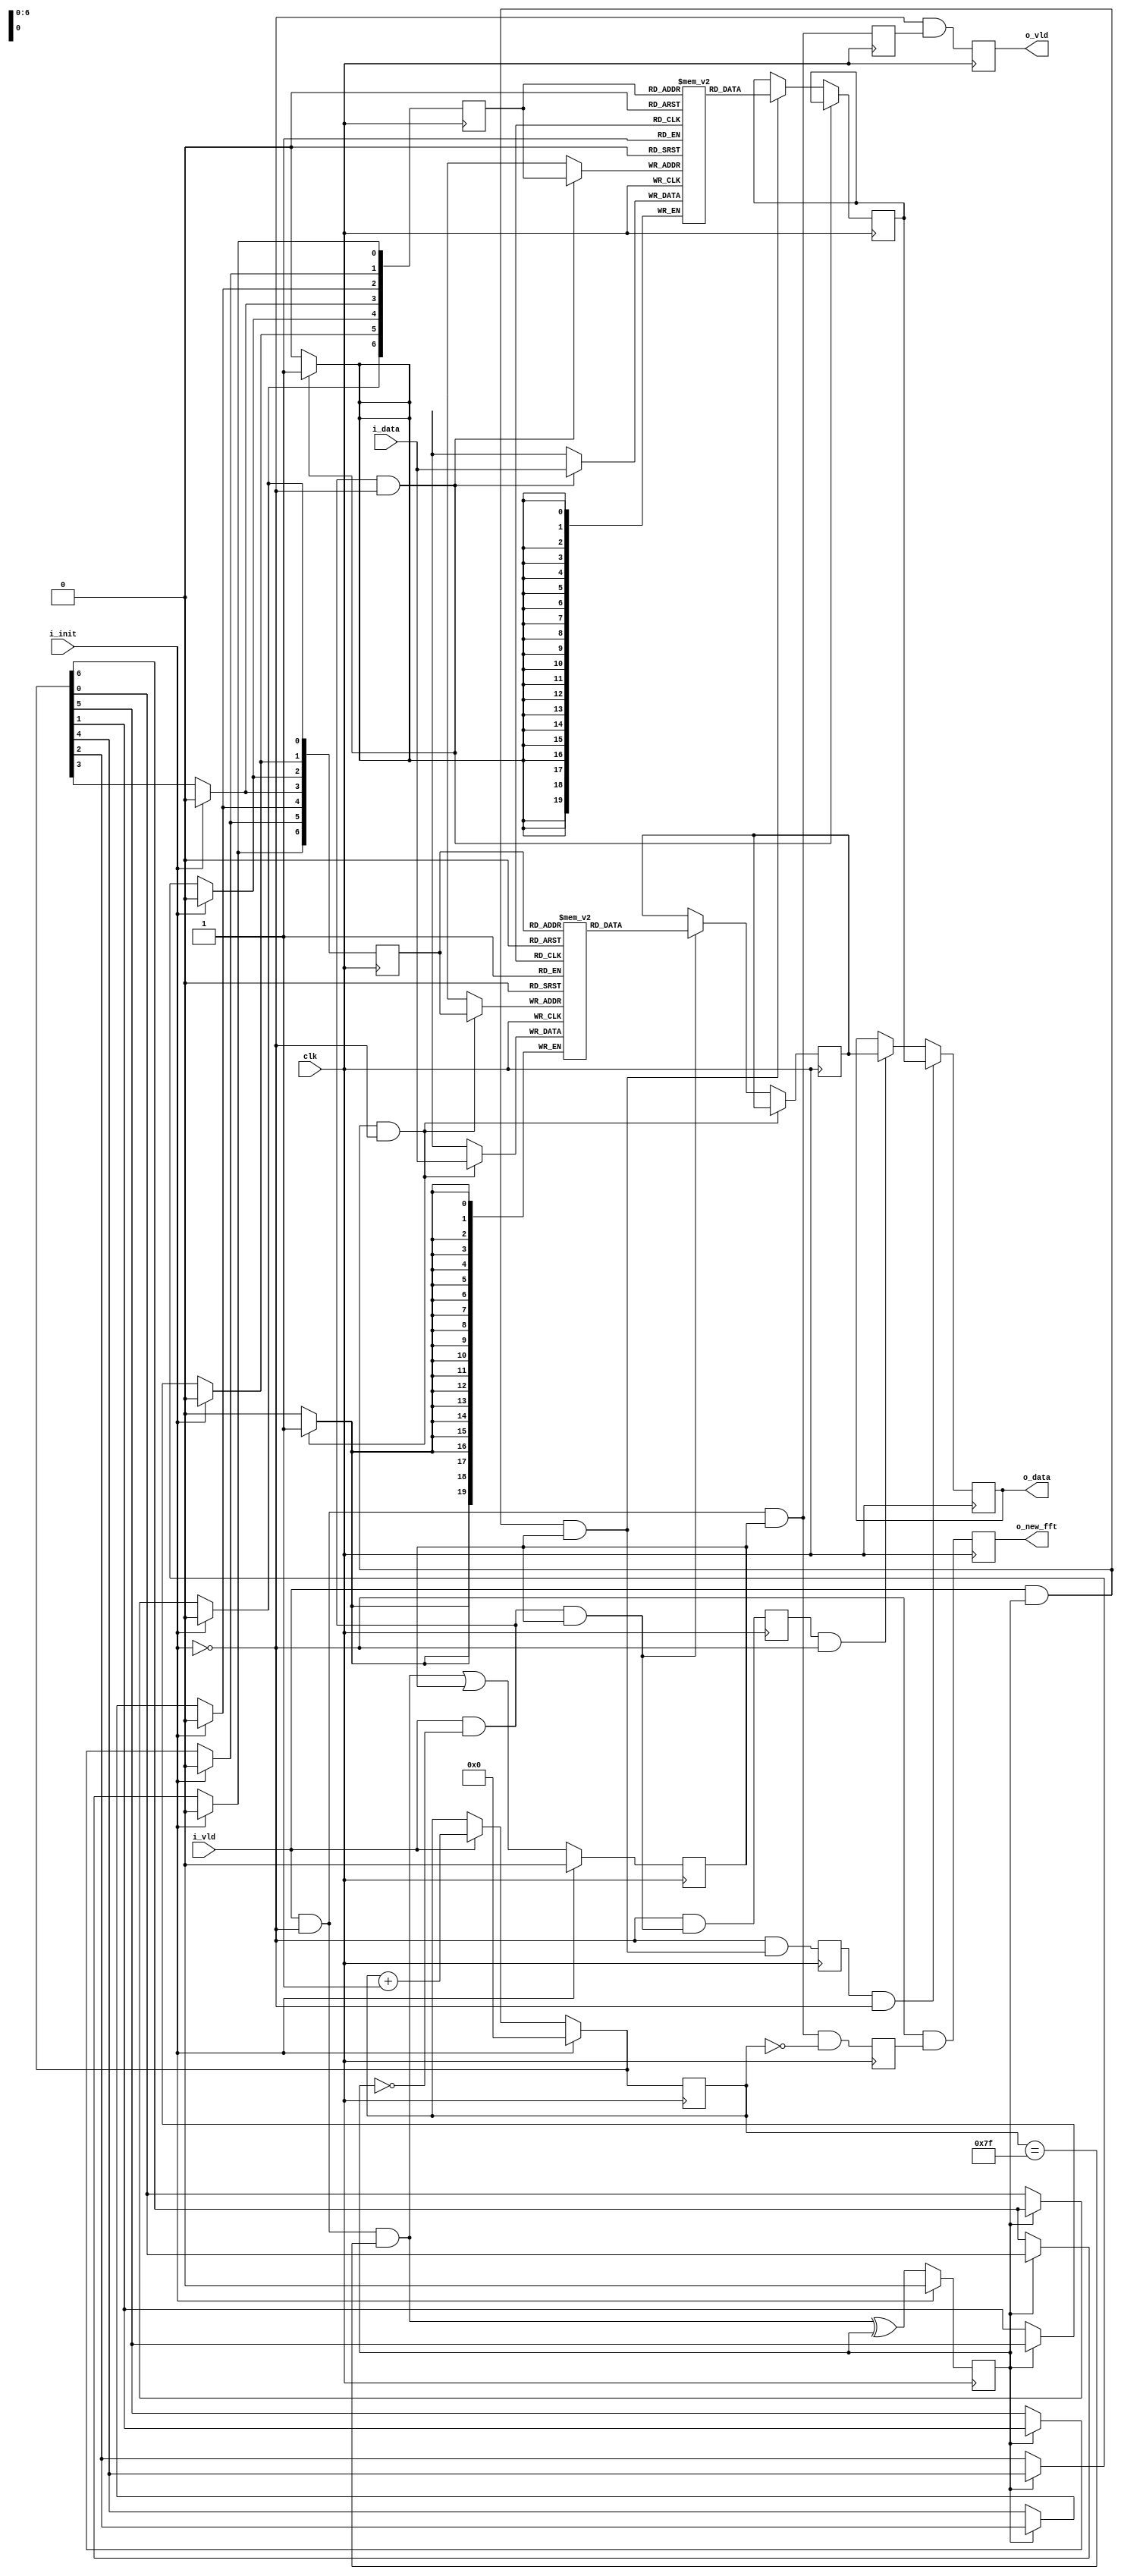
module bit_dereverse #(
  parameter  DATA_W =   20,
  parameter  DEPTH  =  128,
  localparam C_W    = $clog2(DEPTH)
) (
  input  wire                clk,
  input  wire                i_init,
  input  wire                i_vld,
  input  wire   [DATA_W-1:0] i_data,
  output reg                 o_vld,
  output reg                 o_new_fft,
  output reg    [DATA_W-1:0] o_data
);

  reg [DATA_W-1:0] ramA [0:DEPTH-1];
  reg [DATA_W-1:0] ramB [0:DEPTH-1];


  reg filled_any_ram_this_run;
  reg store_in_b;

  reg    [C_W-1:0] pointer;
  reg    [C_W-1:0] pointerA;
  reg    [C_W-1:0] pointerB;

  initial begin
    pointer  = {C_W{1'b0}};
    pointerA = {C_W{1'b0}};
    pointerB = {C_W{1'b0}};
    filled_any_ram_this_run = 1'b0;
    store_in_b              = 1'b0;
  end

  wire   [C_W-1:0] pointer_next = i_init ? {C_W{1'b0}} : i_vld ? pointer + {{C_W-1{1'b0}}, 1'b1} : pointer;
  wire                switch_rw = ~i_init & i_vld & (pointer == {C_W{1'b1}});

  always @(posedge clk) filled_any_ram_this_run <= i_init ? 1'b0 : switch_rw | filled_any_ram_this_run;
  always @(posedge clk) store_in_b              <= i_init ? 1'b0 : switch_rw ^ store_in_b;
  always @(posedge clk) pointer                 <= pointer_next;

  always @(posedge clk) begin: assign_ptrs_a_b
    integer i;
    for(i=0; i < C_W; i=i+1) begin
      pointerA[i] <= i_init ? 1'b0 : ~store_in_b ? pointer_next[C_W-i-1] : pointer_next[i];
      pointerB[i] <= i_init ? 1'b0 :  store_in_b ? pointer_next[C_W-i-1] : pointer_next[i];
    end
  end

  wire write_a = i_vld & ~store_in_b & ~i_init;
  wire write_b = i_vld &  store_in_b & ~i_init;

  wire read_a  = store_in_b  & i_vld & filled_any_ram_this_run;
  wire read_b  = ~store_in_b & i_vld & filled_any_ram_this_run;

  reg [DATA_W-1:0] rA;
  reg [DATA_W-1:0] rB;

  always @(posedge clk) begin
    if      (write_a) ramA[pointerA] <= i_data;
    else if (read_a)  rA             <= ramA[pointerA];
  end

  always @(posedge clk) begin
    if      (write_b) ramB[pointerB] <= i_data;
    else if (read_b)  rB             <= ramB[pointerB];
  end

  reg read_a_d1;
  reg read_b_d1;
  reg vld_e1;
  reg new_fft_e1;

  always @(posedge clk) read_a_d1  <= ~i_init & read_a;
  always @(posedge clk) read_b_d1  <= ~i_init & read_b;
  always @(posedge clk) vld_e1     <= i_vld & ~i_init & filled_any_ram_this_run;
  always @(posedge clk) new_fft_e1 <= i_vld & ~i_init & filled_any_ram_this_run & pointer == {C_W{1'b0}};

  always @(posedge clk) o_data     <= read_a_d1 & ~i_init ? rA : read_b_d1 & ~i_init ? rB : o_data;
  always @(posedge clk) o_vld      <= ~i_init & vld_e1;
  always @(posedge clk) o_new_fft  <= ~i_init & new_fft_e1;

endmodule